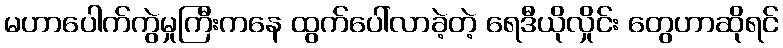
မဟာပေါက်ကွဲမှုကြီးကနေ ထွက်ပေါ်လာခဲ့တဲ့ ရေဒီယိုလှိုင်း တွေဟာဆိုရင်